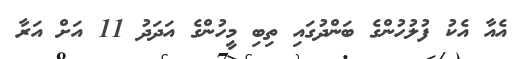
އެއާ އެކު ފުލުހުންގެ ބަންދުގައި ތިބި މީހުންގެ އަދަދު 11 އަށް އަރާ